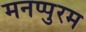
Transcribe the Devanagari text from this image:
मनप्पुरम